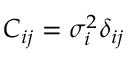
C _ { i j } = \sigma _ { i } ^ { 2 } \delta _ { i j }